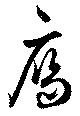
雁